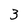
Character: 3